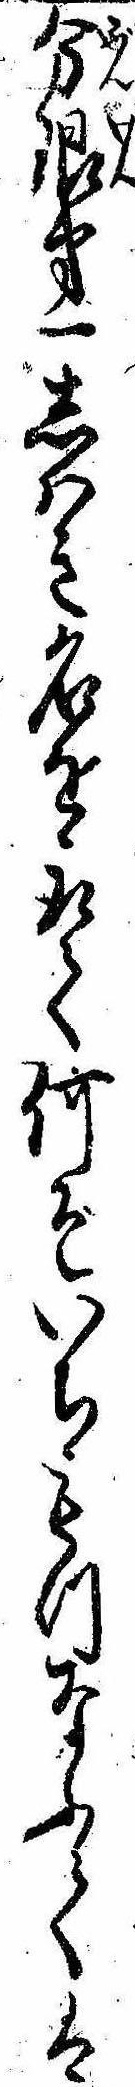
分限第一しはき名を取て何ぞいちもつなふては